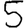
Digit: 5